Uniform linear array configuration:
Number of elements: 48
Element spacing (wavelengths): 0.75
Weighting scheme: exponential
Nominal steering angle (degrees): -30
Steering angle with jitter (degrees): -30.505
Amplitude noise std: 0.05
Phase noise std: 0.05

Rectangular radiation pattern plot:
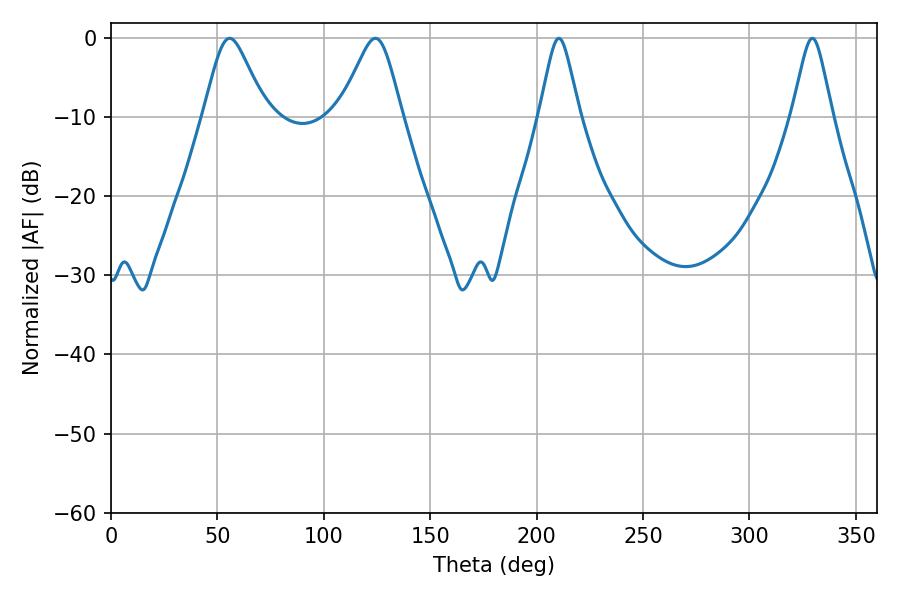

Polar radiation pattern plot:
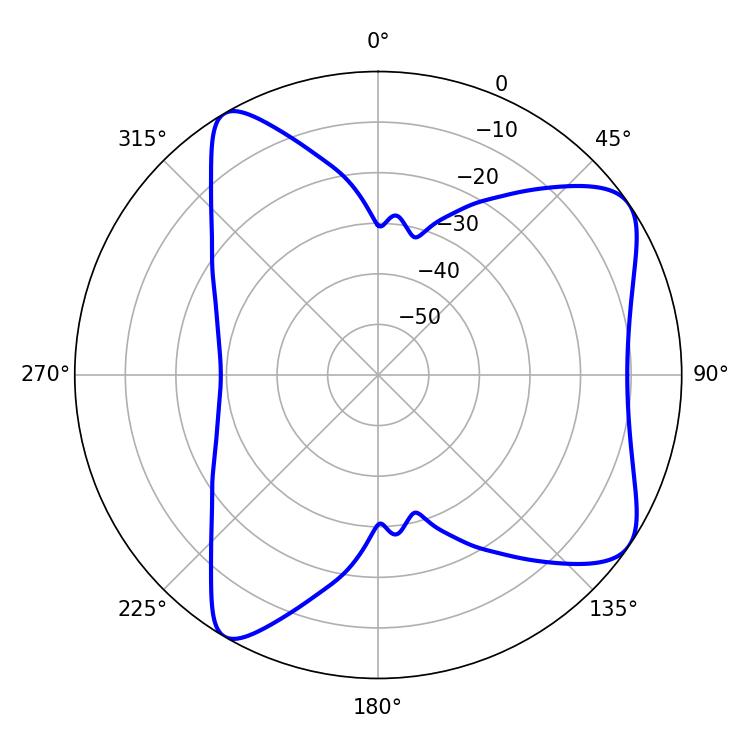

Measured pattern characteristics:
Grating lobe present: TRUE
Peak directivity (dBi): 7.745
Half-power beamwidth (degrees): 8.82
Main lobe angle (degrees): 210.42